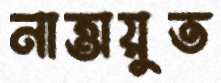
নাত্তায়ুত